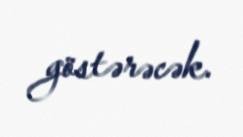
göstərəcək.